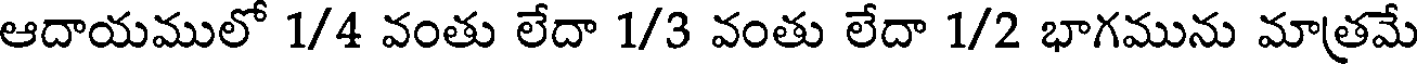
ఆదాయములో 1/4 వంతు లేదా 1/3 వంతు లేదా 1/2 భాగమును మాత్రమే